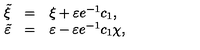
\begin{array} { r c l } { \tilde { \xi } } & { = } & { \xi + \varepsilon e ^ { - 1 } c _ { 1 } , } \\ { \tilde { \varepsilon } } & { = } & { \varepsilon - \varepsilon e ^ { - 1 } c _ { 1 } \chi , } \\ \end{array}